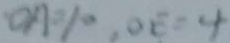
O A = 1 0 , O E = 4